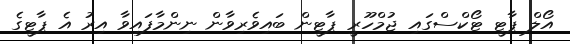
އޯލް ޕާޓީ ޓޯކްސްގައި ޖުމްހޫރީ ޕާޓީން ބައިވެރިވާން ނިންމާފައިވާ އިރު އެ ޕާޓީގެ